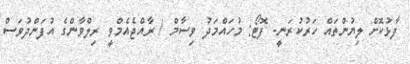
ފާޅުކޮށް ލިޔުންތައް ހަރުކުރަނީ- ފޮޓޯ: މުހައްމަދު ވިސާމް / ރާއްޖެއެމްވީ ރިލްވާންގެ އުފަންދުވަސް